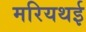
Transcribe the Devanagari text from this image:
मरियथई